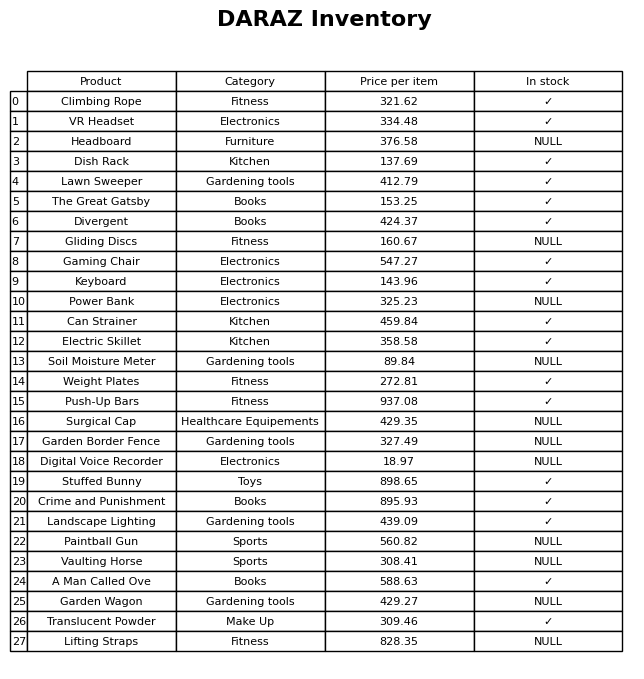
question: What category does the Stuffed Bunny belong to?
answer: Toys